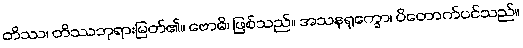
တိဿ၊ တိဿဘုရားမြတ်၏။ ဗောဓိ၊ ဖြစ်သည်။ အသနရုက္ခော၊ ပိတောက်ပင်သည်။